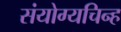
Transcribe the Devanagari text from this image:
संयोग्यचिन्ह